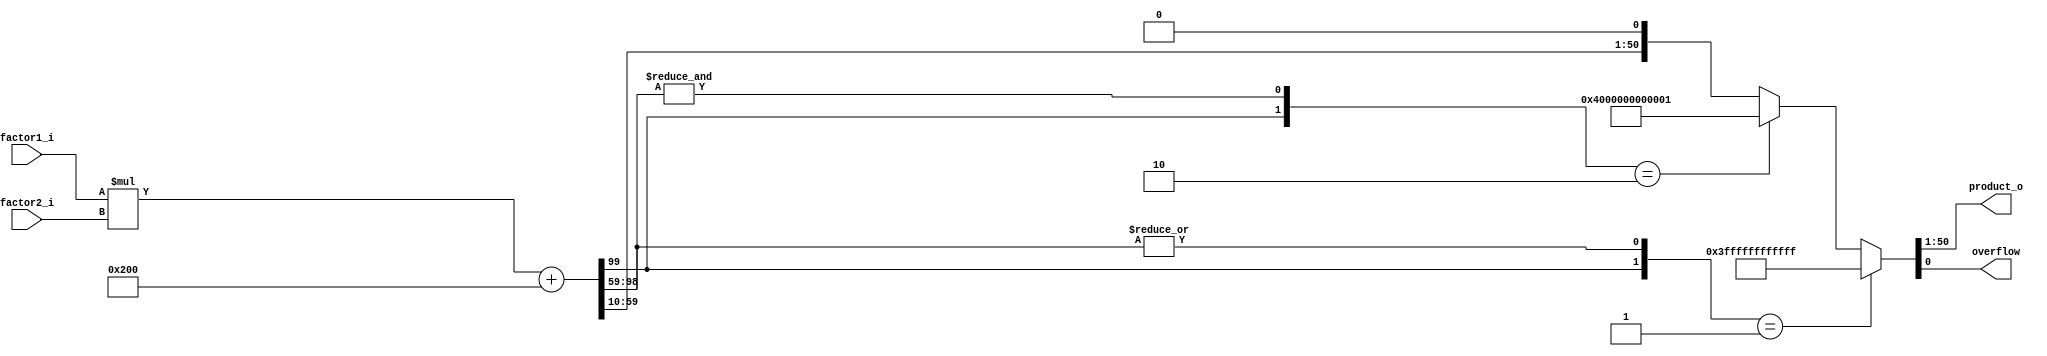
module red_pitaya_product_sat
#( parameter BITS_IN1 = 50,
   parameter BITS_IN2 = 50,
   parameter BITS_OUT = 50,
   parameter SHIFT = 10
)
(
    input signed [BITS_IN1-1:0] factor1_i,
    input signed [BITS_IN2-1:0] factor2_i,
    output signed [BITS_OUT-1:0] product_o,
    output overflow
    );
wire signed [BITS_IN1+BITS_IN2-1:0] product;
assign product = factor1_i*factor2_i + $signed(1 <<(SHIFT-1));
assign {product_o,overflow} =  ( {product[BITS_IN1+BITS_IN2-1],|product[BITS_IN1+BITS_IN2-2:SHIFT+BITS_OUT-1]} ==2'b01) ? {{1'b0,{BITS_OUT-1{1'b1}}},1'b1}  : 
                    ( {product[BITS_IN1+BITS_IN2-1],&product[BITS_IN1+BITS_IN2-2:SHIFT+BITS_OUT-1]} ==2'b10) ? {{1'b1,{BITS_OUT-1{1'b0}}},1'b1}   : 
                    {product[SHIFT+BITS_OUT-1:SHIFT],1'b0} ; 
endmodule